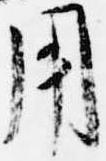
用